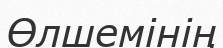
Өлшемінің